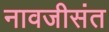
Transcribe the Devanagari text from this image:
नावजीसंत